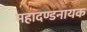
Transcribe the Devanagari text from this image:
महादण्डनायक